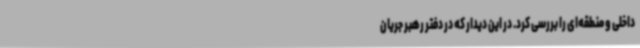
داخلی و منطقه‌ای را بررسی کرد. در این دیدار که در دفتر رهبر جریان